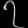
Digit: ၇